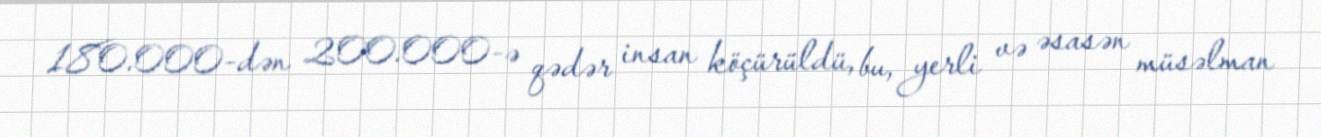
180.000-dən 200.000-ə qədər insan köçürüldü, bu, yerli və əsasən müsəlman